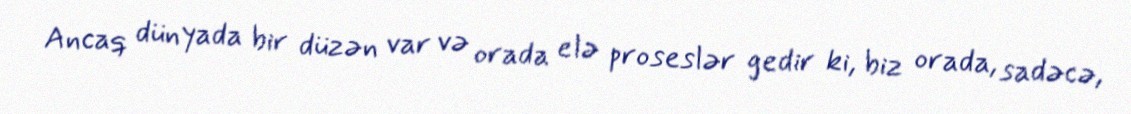
Ancaq dünyada bir düzən var və orada elə proseslər gedir ki, biz orada, sadəcə,